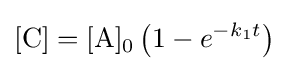
[{\ce {C}}]=[{\ce {A}}]_{0}\left(1-e^{-k_{1}t}\right)